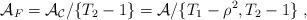
LaTeX: \begin{align*}{\cal A}_F={\cal A_C}/\{ T_2-1\}={\cal A}/\{ T_1-\rho^2, T_2-1\}\;,\end{align*}